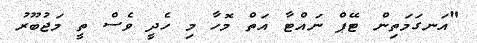
"އަނގަމަތިން ޓޭޕް ނައްޓާ އަތް މޮހާ މި ހެދީ ވެސް ތީ މަޖުބޫރު